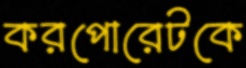
করপোরেটকে